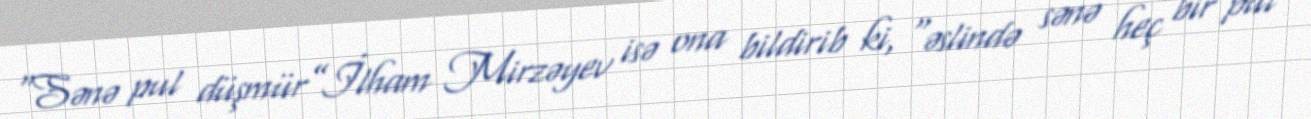
“Sənə pul düşmür”İlham Mirzəyev isə ona bildirib ki, “əslində sənə heç bir pul